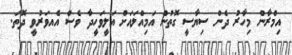
އިމްރާން މިހާރު ދެން ސިޔާސީ ގޮތުން އަމިއްލައަށް އަލީވަހީދާ ވެސް އެއވަރުވީ ދޮތަ.